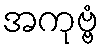
အကုဗ္ဗံ